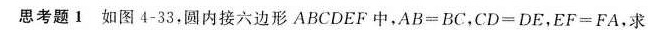
思考题1 如图 4-33.圆内接六边形 ABCDEF 中,$$A B = B C$$,$$C D = D E$$,$$E F = F A$$,求